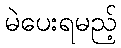
မဲပေးရမည့်